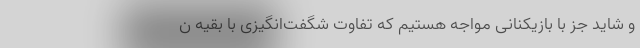
و شاید جز با بازیکنانی مواجه هستیم که تفاوت شگفت‌انگیزی با بقیه ن